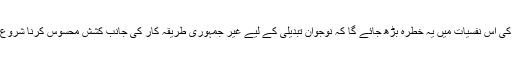
رد عمل کی اس نفسیات میں یہ خطرہ بڑھ جائے گا کہ نوجوان تبدیلی کے لیے غیر جمہوری طریقہ کار کی جانب کشش محسوس کرنا شروع کر دیں۔